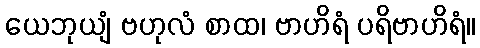
ယေဘုယျံ ဗဟုလံ စာထ၊ ဗာဟိရံ ပရိဗာဟိရံ။